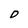
Character: 0